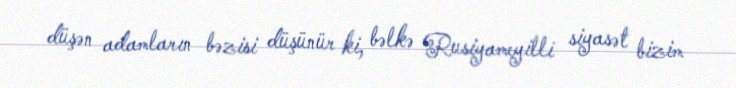
düşən adamların bəzisi düşünür ki, bəlkə Rusiyameyilli siyasət bizim